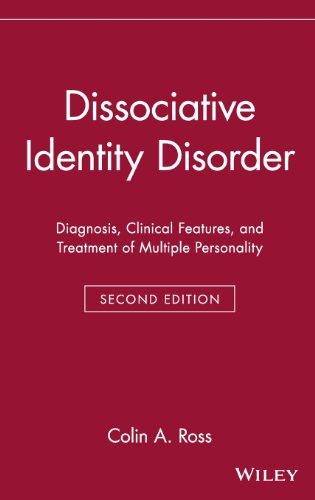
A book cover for Dissociative Identity Disorder: Diagnosis, Clinical Features, and Treatment of Multiple Personality (Wiley Series in General and Clinical Psychiatry); Colin A. Ross; Health, Fitness & Dieting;